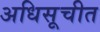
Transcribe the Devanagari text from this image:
अधिसूचीत